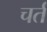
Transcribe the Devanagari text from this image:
चर्त